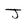
Character: J